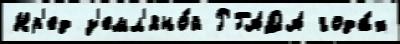
Нр'ед з'емл'яно́й РГАДА года́х